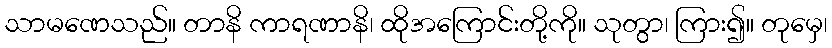
သာမဏေသည်။ တာနိ ကာရဏာနိ၊ ထိုအကြောင်းတို့ကို။ သုတွာ၊ ကြား၍။ တုမှေ၊